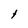
Character: 1